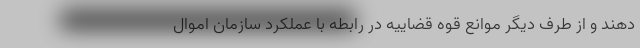
دهند و از طرف دیگر موانع قوه قضاییه در رابطه با عملکرد سازمان اموال